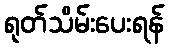
ရုတ်သိမ်းပေးရန်